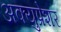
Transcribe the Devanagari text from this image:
अक्युप्रेशर